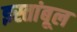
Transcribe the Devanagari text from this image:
इस्तांबूल